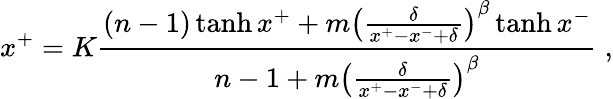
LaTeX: x^{+}=K\frac{(n-1)\operatorname{tanh}{x^{+}}+m\left(\frac{\delta}{x^{+}-x^{-}+\delta}\right)^{\beta}\operatorname{tanh}{x^{-}}}{n-1+m\left(\frac{\delta}{x^{+}-x^{-}+\delta}\right)^{\beta}}\; ,